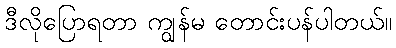
ဒီလိုပြောရတာ ကျွန်မ တောင်းပန်ပါတယ်။